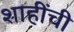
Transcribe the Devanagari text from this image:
शाहींची